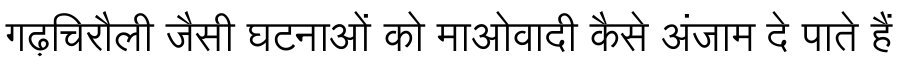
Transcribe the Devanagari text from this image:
गढ़चिरौली जैसी घटनाओं को माओवादी कैसे अंजाम दे पाते हैं